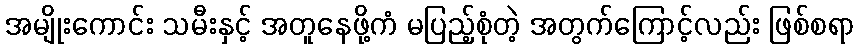
အမျိုးကောင်း သမီးနှင့် အတူနေဖို့ကံ မပြည့်စုံတဲ့ အတွက်ကြောင့်လည်း ဖြစ်စရာ